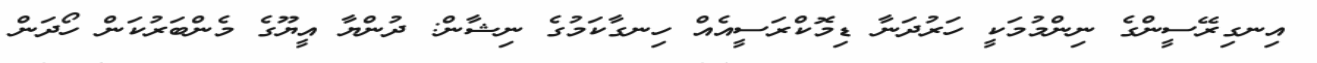
އިނގިރޭސީންގެ ނިންމުމަކީ ހަރުދަނާ ޑިމޮކްރަސީއެއް ހިނގާކަމުގެ ނިޝާން: ދުންޔާ އީޔޫގެ މެންބަރުކަން ހޯދަން